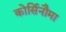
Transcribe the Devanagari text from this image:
कोर्सिनौमा